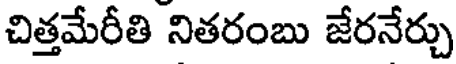
చిత్తమేరీతి నితరంబు జేరనేర్చు